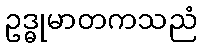
ဥဒ္ဓုမာတကသညံ